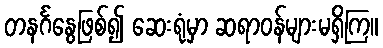
တနင်္ဂနွေဖြစ်၍ ဆေးရုံမှာ ဆရာဝန်များမရှိကြ။